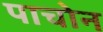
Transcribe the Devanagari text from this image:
पाचोन